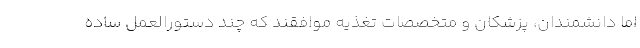
اما دانشمندان، پزشکان و متخصصات تغذیه موافقند که چند دستورالعمل ساده